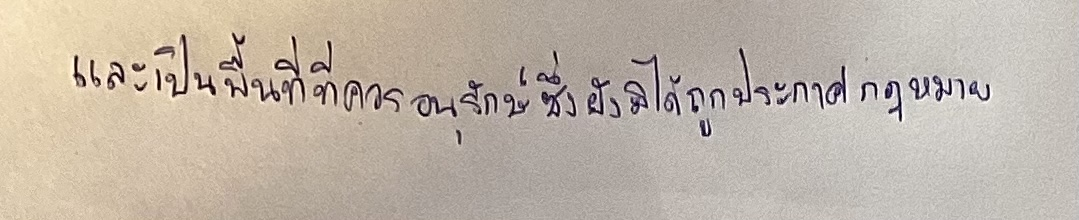
และเป็นพื้นที่ที่ควรอนุรักษ์ซึ่งยังมิได้ถูกประกาศตามกฎหมาย